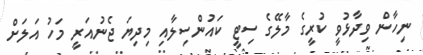
ނިހާން ވިދާޅުވީ ކުރީގެ މާލޭގެ ސިޓީ ކައުންސިލާއި މިދިޔަ ޖެނުއަރީ މަހު އަލަށް